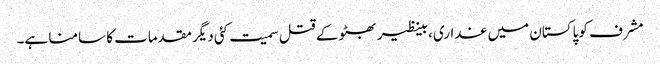
مشرف کو پاکستان میں غداری، بینظیر بھٹو کے قتل سمیت کئی دیگر مقدمات کا سامنا ہے۔